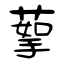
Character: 蒘